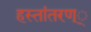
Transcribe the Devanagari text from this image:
हस्तांतरण््